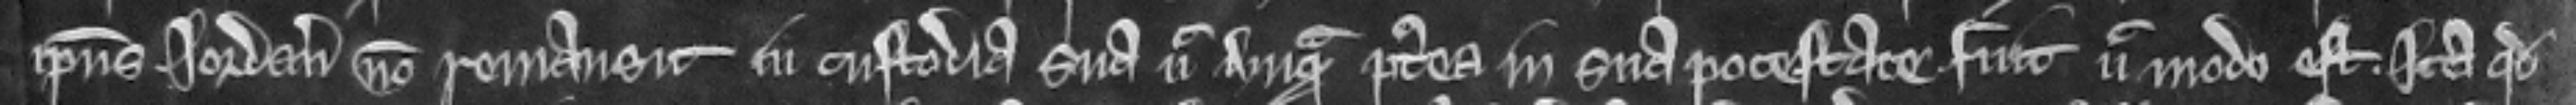
ipsius Jordani non remansit in custodia sua nec unquam postea in sua potestate fuit nec modo est. Ita quod